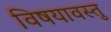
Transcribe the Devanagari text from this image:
विषयावस्तु